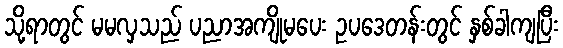
သို့ရာတွင် မမလှသည် ပညာအကျိုမပေး ဥပဒေတန်းတွင် နှစ်ခါကျပြီး